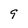
Character: 9